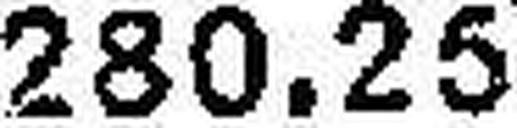
280.25